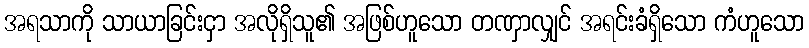
အရသာကို သာယာခြင်းငှာ အလိုရှိသူ၏ အဖြစ်ဟူသော တဏှာလျှင် အရင်းခံရှိသော ကံဟူသော